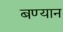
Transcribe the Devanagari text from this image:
बण्यान